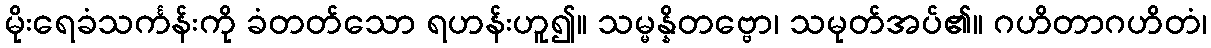
မိုးရေခံသင်္ကန်းကို ခံတတ်သော ရဟန်းဟူ၍။ သမ္မန္နိတဗ္ဗော၊ သမုတ်အပ်၏။ ဂဟိတာဂဟိတံ၊